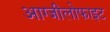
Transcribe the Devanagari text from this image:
आग्जीलोफाइट